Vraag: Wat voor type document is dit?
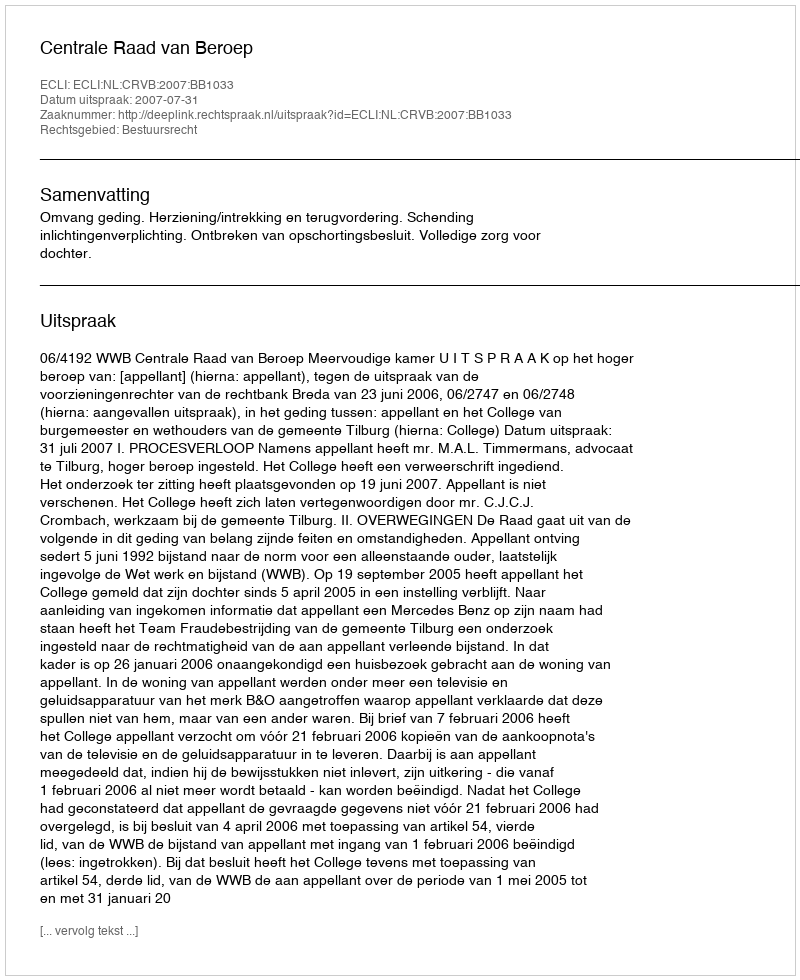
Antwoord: Uitspraak